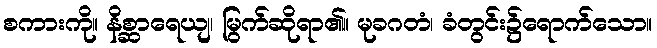
စကားကို။ နိစ္ဆာရေယျ၊ မြွက်ဆိုရာ၏။ မုခဂတံ၊ ခံတွင်း၌ရောက်သော။